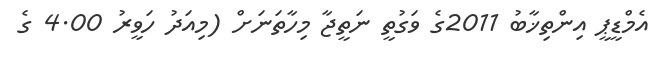
އެމްޑީޕީ އިންތިޚާބު 2011ގެ ވަގުތީ ނަތީޖާ މިހާތަނަށް (މިއަދު ހަވީރު 4.00 ގެ